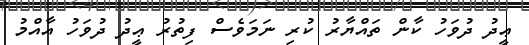
ޢީދު ދުވަހު ކާން ތައްޔާރު ކުރި ނަމަވެސް ފިތުރު ޢީދު ދުވަހު އާއްމު